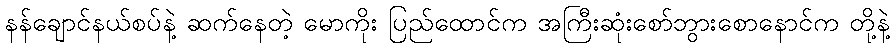
နန်ချောင်နယ်စပ်နဲ့ ဆက်နေတဲ့ မောကိုး ပြည်ထောင်က အကြီးဆုံးစော်ဘွားစောနောင်က တို့နဲ့